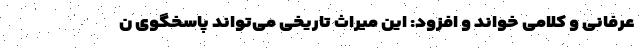
عرفانی و کلامی خواند و افزود: این میراث تاریخی می‌تواند پاسخگوی ن